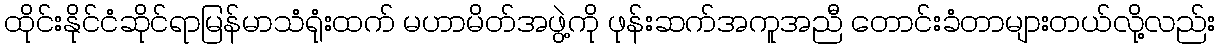
ထိုင်းနိုင်ငံဆိုင်ရာမြန်မာသံရုံးထက် မဟာမိတ်အဖွဲ့ကို ဖုန်းဆက်အကူအညီ တောင်းခံတာများတယ်လို့လည်း